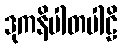
ဒုကနိပါတပါဠိ